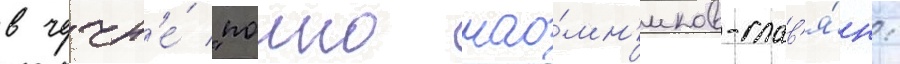
в чечн'е́ "полно нао́мн'иков-слав'я́н: